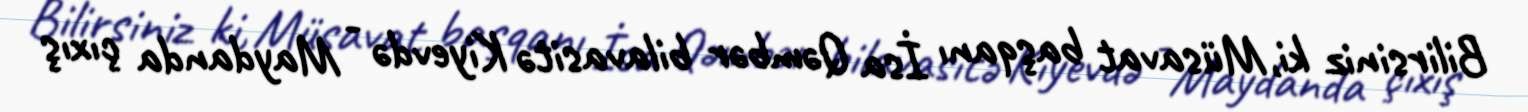
Bilirsiniz ki, Müsavat başqanı İsa Qəmbər bilavasitə Kiyevdə - Maydanda çıxış